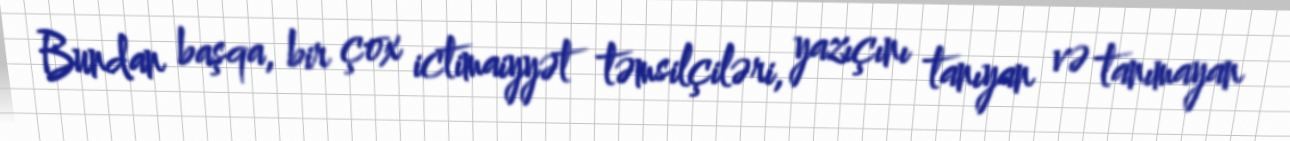
Bundan başqa, bir çox ictimaiyyət təmsilçiləri, yazıçını tanıyan və tanımayan